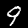
Digit: 9